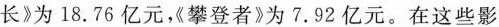
长》为18.76亿元，攀登者》为7.92亿元。在这些影